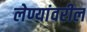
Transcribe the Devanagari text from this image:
लेण्यांवरील